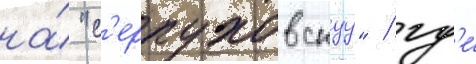
на́ "с'ерпуховскуу" / гд'е́